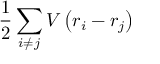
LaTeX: { \frac { 1 } { 2 } } \sum _ { i \neq j } V \left( r _ { i } - r _ { j } \right)